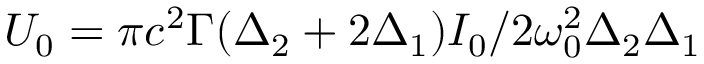
U _ { 0 } = \pi c ^ { 2 } \Gamma ( \Delta _ { 2 } + 2 \Delta _ { 1 } ) I _ { 0 } / 2 \omega _ { 0 } ^ { 2 } \Delta _ { 2 } \Delta _ { 1 }